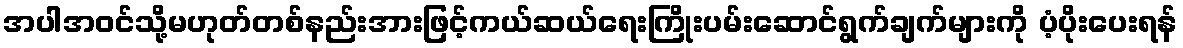
အပါအဝင်သို့မဟုတ်တစ်နည်းအားဖြင့်ကယ်ဆယ်ရေးကြိုးပမ်းဆောင်ရွက်ချက်များကို ပံ့ပိုးပေးရန်